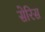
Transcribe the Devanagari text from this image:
सेरिस